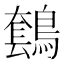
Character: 𪄤